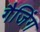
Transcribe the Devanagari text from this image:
गैजिंग